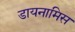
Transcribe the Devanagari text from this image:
डायनामिस